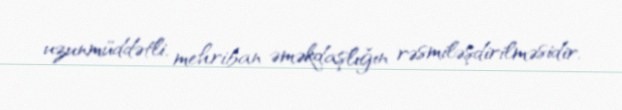
uzunmüddətli, mehriban əməkdaşlığın rəsmiləşdirilməsidir.